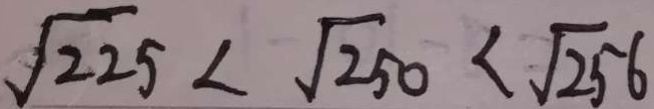
\sqrt { 2 2 5 } < \sqrt { 2 5 0 } < \sqrt { 2 5 } 6